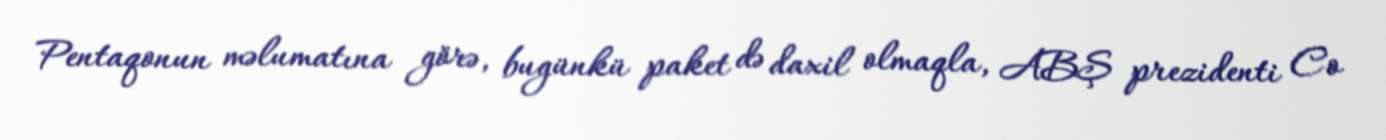
Pentaqonun məlumatına görə, bugünkü paket də daxil olmaqla, ABŞ prezidenti Co